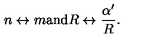
n \leftrightarrow m \mathrm { a n d } R \leftrightarrow \frac { \alpha ^ { \prime } } { R } .